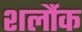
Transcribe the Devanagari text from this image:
शर्लौक